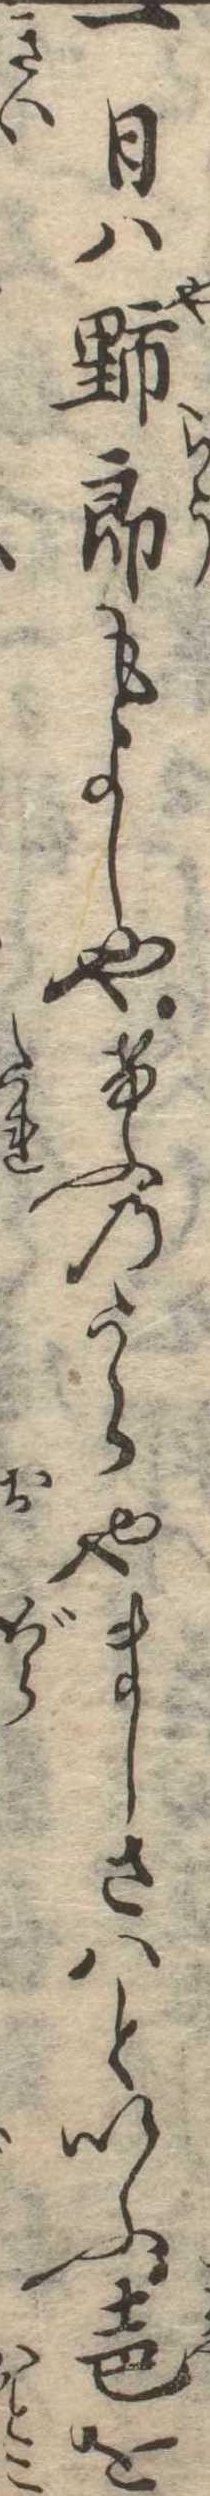
一日は野郎もよしやけふのうらやましさはといふ声を